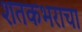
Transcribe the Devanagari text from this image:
शतकभराचा